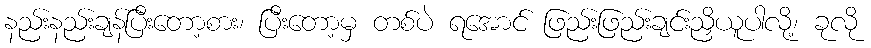
နည်းနည်းချန်ပြီးတော့စား၊ ပြီးတော့မှ တစ်ပဲ ရအောင် ဖြည်းဖြည်းချင်းညှိယူပါလို့၊ ခုလို